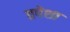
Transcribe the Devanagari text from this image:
तपेशा